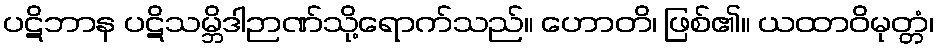
ပဋိဘာန ပဋိသမ္ဘိဒါဉာဏ်သို့ရောက်သည်။ ဟောတိ၊ ဖြစ်၏။ ယထာဝိမုတ္တံ၊